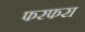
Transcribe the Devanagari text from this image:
फरफरा